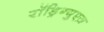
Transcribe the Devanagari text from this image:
रॉड्रिग्युएज़